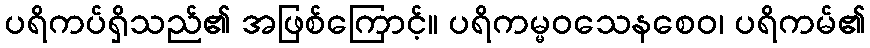
ပရိကပ်ရှိသည်၏ အဖြစ်ကြောင့်။ ပရိကမ္မဝသေနစေဝ၊ ပရိကမ်၏